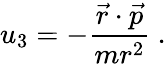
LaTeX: u_{3}=-{\frac{{\vec{r}}\cdot{\vec{p}}}{mr^{2}}}~.